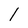
Character: l